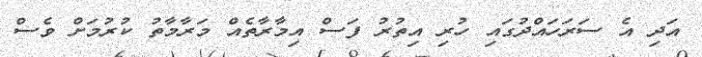
އަދި އެ ސަރަހައްދުގައި ހުރި އިތުރު ފަސް އިމާރާތެއް މަރާމާތު ކުރުމަށް ވެސް